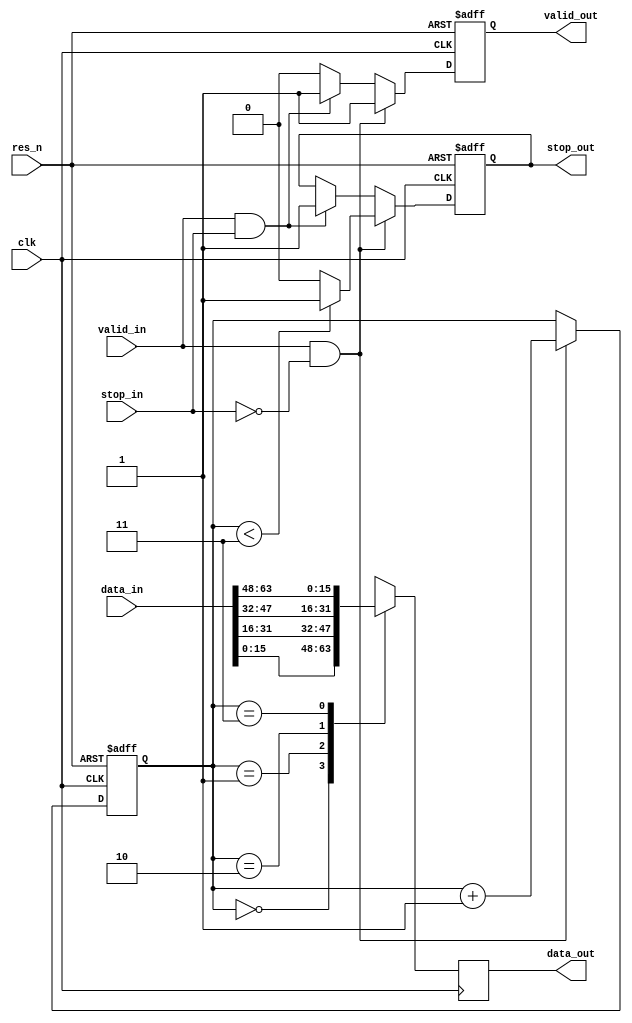
module ser_64_16 (
	input clk,
	input res_n,
	input valid_in,	
	input [63:0] data_in,
	input stop_in,	
	output reg stop_out,
	output reg valid_out,
	output reg[15:0] data_out);

    reg[1:0] sel;
    
    always @(posedge clk, negedge res_n)
	begin
        if(res_n == 0)
        begin
            sel <= 2'b00;
            stop_out <= 1'b0;
            valid_out <= 1'b0;
        end
        else
        begin
            if((valid_in == 1) && (stop_in == 0))
            begin
                sel <= sel + 1'b1;
                valid_out <= 1'b1;
                if(sel < 2'b11)
                begin
                    stop_out <= 1'b1;                
                end
                else 
                begin
                    stop_out <= 1'b0;
                end
            end
            else if((valid_in == 1) && (stop_in == 1))
            begin
                valid_out <= 1'b1;
                stop_out <= 1'b1;
            end
            else
            begin
                valid_out <=1'b0;
            end
        end
	end

    always @(posedge clk)
    begin
        case (sel)
            2'b00: data_out <= data_in[15:0];
            2'b01: data_out <= data_in[31:16];
            2'b10: data_out <= data_in[47:32];
            2'b11: data_out <= data_in[63:48];
        endcase
    end

endmodule